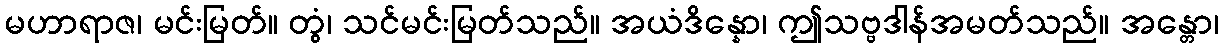
မဟာရာဇ၊ မင်းမြတ်။ တွံ၊ သင်မင်းမြတ်သည်။ အယံဒိန္နော၊ ဤသဗ္ဗဒါန်အမတ်သည်။ အန္တော၊